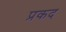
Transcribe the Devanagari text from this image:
प्रकद